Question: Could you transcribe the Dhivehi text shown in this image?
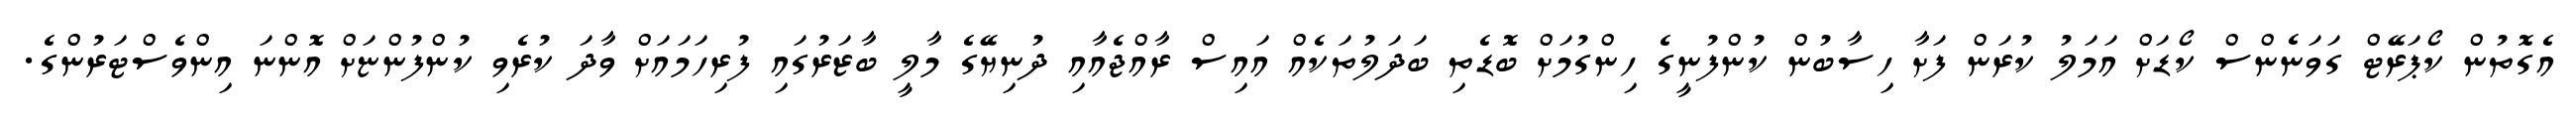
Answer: އެގޮތުން ކޯޕަރޭޓް ގަވަނެންސް ކޯޑަށް އަމަލު ކުރަން ފަށާ ހިސާބުން ކުންފުނީގެ ހިންގުމަށް ބޮޑެތި ބަދަލުތަކެއް އައިސް ރާއްޖެއާއި ދުނިޔޭގެ މާލީ ބާޒަރުގައި ފުރިހަމައަށް ވާދަ ކުރެވި ކުންފުންޏަށް އޮންނަ އިންވެސްޓަރުންގެ.